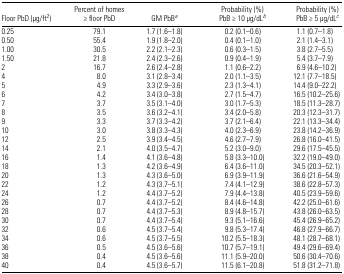
<table><thead><tr><td><b>Floor PbD (μg/ft<sup>2</sup> )</b></td><td><b>Percent of homes ≥ floor PbD</b></td><td><b>GM PbBa</b></td><td><b>Probability (%)PbB ≥ 10 μg/dLb</b></td><td><b>Probability (%)PbB ≥ 5 μg/dLc</b></td></tr></thead><tbody><tr><td>0.25</td><td>79.1</td><td>1.7 (1.6–1.8)</td><td>0.2 (0.1–0.6)</td><td>1.1 (0.7–1.8)</td></tr><tr><td>0.50</td><td>55.4</td><td>1.9 (1.8–2.0)</td><td>0.4 (0.1–1.0)</td><td>2.1 (1.4–3.1)</td></tr><tr><td>1.00</td><td>30.5</td><td>2.2 (2.1–2.3)</td><td>0.6 (0.3–1.5)</td><td>3.8 (2.7–5.5)</td></tr><tr><td>1.50</td><td>21.8</td><td>2.4 (2.3–2.6)</td><td>0.9 (0.4–1.9)</td><td>5.4 (3.7–7.9)</td></tr><tr><td>2</td><td>16.7</td><td>2.6 (2.4–2.8)</td><td>1.1 (0.6–2.2)</td><td>6.9 (4.6–10.2)</td></tr><tr><td>4</td><td>8.0</td><td>3.1 (2.8–3.4)</td><td>2.0 (1.1–3.5)</td><td>12.1 (7.7–18.5)</td></tr><tr><td>5</td><td>4.9</td><td>3.3 (2.9–3.6)</td><td>2.3 (1.3–4.1)</td><td>14.4 (9.0–22.2)</td></tr><tr><td>6</td><td>4.2</td><td>3.4 (3.0–3.8)</td><td>2.7 (1.5–4.7)</td><td>16.5 (10.2–25.6)</td></tr><tr><td>7</td><td>3.7</td><td>3.5 (3.1–4.0)</td><td>3.0 (1.7–5.3)</td><td>18.5 (11.3–28.7)</td></tr><tr><td>8</td><td>3.5</td><td>3.6 (3.2–4.1)</td><td>3.4 (2.0–5.8)</td><td>20.3 (12.3–31.7)</td></tr><tr><td>9</td><td>3.3</td><td>3.7 (3.3–4.2)</td><td>3.7 (2.1–6.4)</td><td>22.1 (13.3–34.4)</td></tr><tr><td>10</td><td>3.0</td><td>3.8 (3.3–4.3)</td><td>4.0 (2.3–6.9)</td><td>23.8 (14.2–36.9)</td></tr><tr><td>12</td><td>2.5</td><td>3.9 (3.4–4.5)</td><td>4.6 (2.7–7.9)</td><td>26.8 (16.0–41.5)</td></tr><tr><td>14</td><td>2.1</td><td>4.0 (3.5–4.7)</td><td>5.2 (3.0–9.0)</td><td>29.6 (17.5–45.5)</td></tr><tr><td>16</td><td>1.4</td><td>4.1 (3.6–4.8)</td><td>5.8 (3.3–10.0)</td><td>32.2 (19.0–49.0)</td></tr><tr><td>18</td><td>1.3</td><td>4.2 (3.6–4.9)</td><td>6.4 (3.6–11.0)</td><td>34.5 (20.3–52.1)</td></tr><tr><td>20</td><td>1.3</td><td>4.3 (3.6–5.0)</td><td>6.9 (3.9–11.9)</td><td>36.6 (21.6–54.9)</td></tr><tr><td>22</td><td>1.2</td><td>4.3 (3.7–5.1)</td><td>7.4 (4.1–12.9)</td><td>38.6 (22.8–57.3)</td></tr><tr><td>24</td><td>1.2</td><td>4.4 (3.7–5.2)</td><td>7.9 (4.4–13.8)</td><td>40.5 (23.9–59.6)</td></tr><tr><td>26</td><td>0.7</td><td>4.4 (3.7–5.2)</td><td>8.4 (4.6–14.8)</td><td>42.2 (25.0–61.6)</td></tr><tr><td>28</td><td>0.7</td><td>4.4 (3.7–5.3)</td><td>8.9 (4.8–15.7)</td><td>43.8 (26.0–63.5)</td></tr><tr><td>30</td><td>0.7</td><td>4.4 (3.7–5.4)</td><td>9.3 (5.1–16.6)</td><td>45.4 (26.9–65.2)</td></tr><tr><td>32</td><td>0.6</td><td>4.5 (3.7–5.4)</td><td>9.8 (5.3–17.4)</td><td>46.8 (27.9–66.7)</td></tr><tr><td>34</td><td>0.6</td><td>4.5 (3.7–5.5)</td><td>10.2 (5.5–18.3)</td><td>48.1 (28.7–68.1)</td></tr><tr><td>36</td><td>0.5</td><td>4.5 (3.6–5.6)</td><td>10.7 (5.7–19.1)</td><td>49.4 (29.6–69.4)</td></tr><tr><td>38</td><td>0.4</td><td>4.5 (3.6–5.6)</td><td>11.1 (5.9–20.0)</td><td>50.6 (30.4–70.6)</td></tr><tr><td>40</td><td>0.4</td><td>4.5 (3.6–5.7)</td><td>11.5 (6.1–20.8)</td><td>51.8 (31.2–71.8)</td></tr></tbody></table>